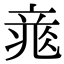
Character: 𥪐